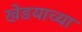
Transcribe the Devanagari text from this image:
खेडयाच्या